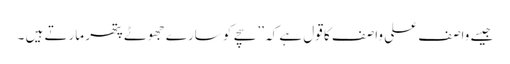
جیسے واصف علی واصف کا قول ہے کہ ’’سچے کو سارے جھوٹے پتھر مارتے ہیں ۔